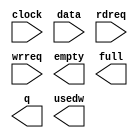
module cnn_scfifo_256pts (
	clock,
	data,
	rdreq,
	wrreq,
	empty,
	full,
	q,
	usedw);

	input	  clock;
	input	[31:0]  data;
	input	  rdreq;
	input	  wrreq;
	output	  empty;
	output	  full;
	output	[31:0]  q;
	output	[7:0]  usedw;

endmodule